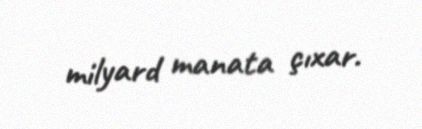
milyard manata çıxar.